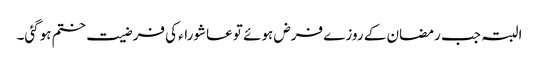
البتہ جب رمضان کے روزے فرض ہوئے تو عاشوراء کی فرضیت ختم ہوگئی۔